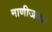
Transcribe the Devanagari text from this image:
नाणीजच्या